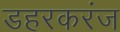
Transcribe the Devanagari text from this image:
डहरकरंज